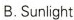
B.Sunlight